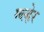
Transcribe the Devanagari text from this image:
ग्व्ल्हेर